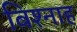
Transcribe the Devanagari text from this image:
बिश्नाह